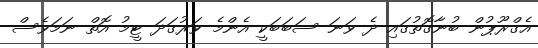
އެގްރޫޕުން ބުނާގޮތުގައި ދެ ވަނަ ސަބަބަކީ އެންމެ ވަރުގަދަ ޓީމު އޮތް ނަމަވެސް